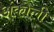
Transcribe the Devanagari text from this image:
अंकोली